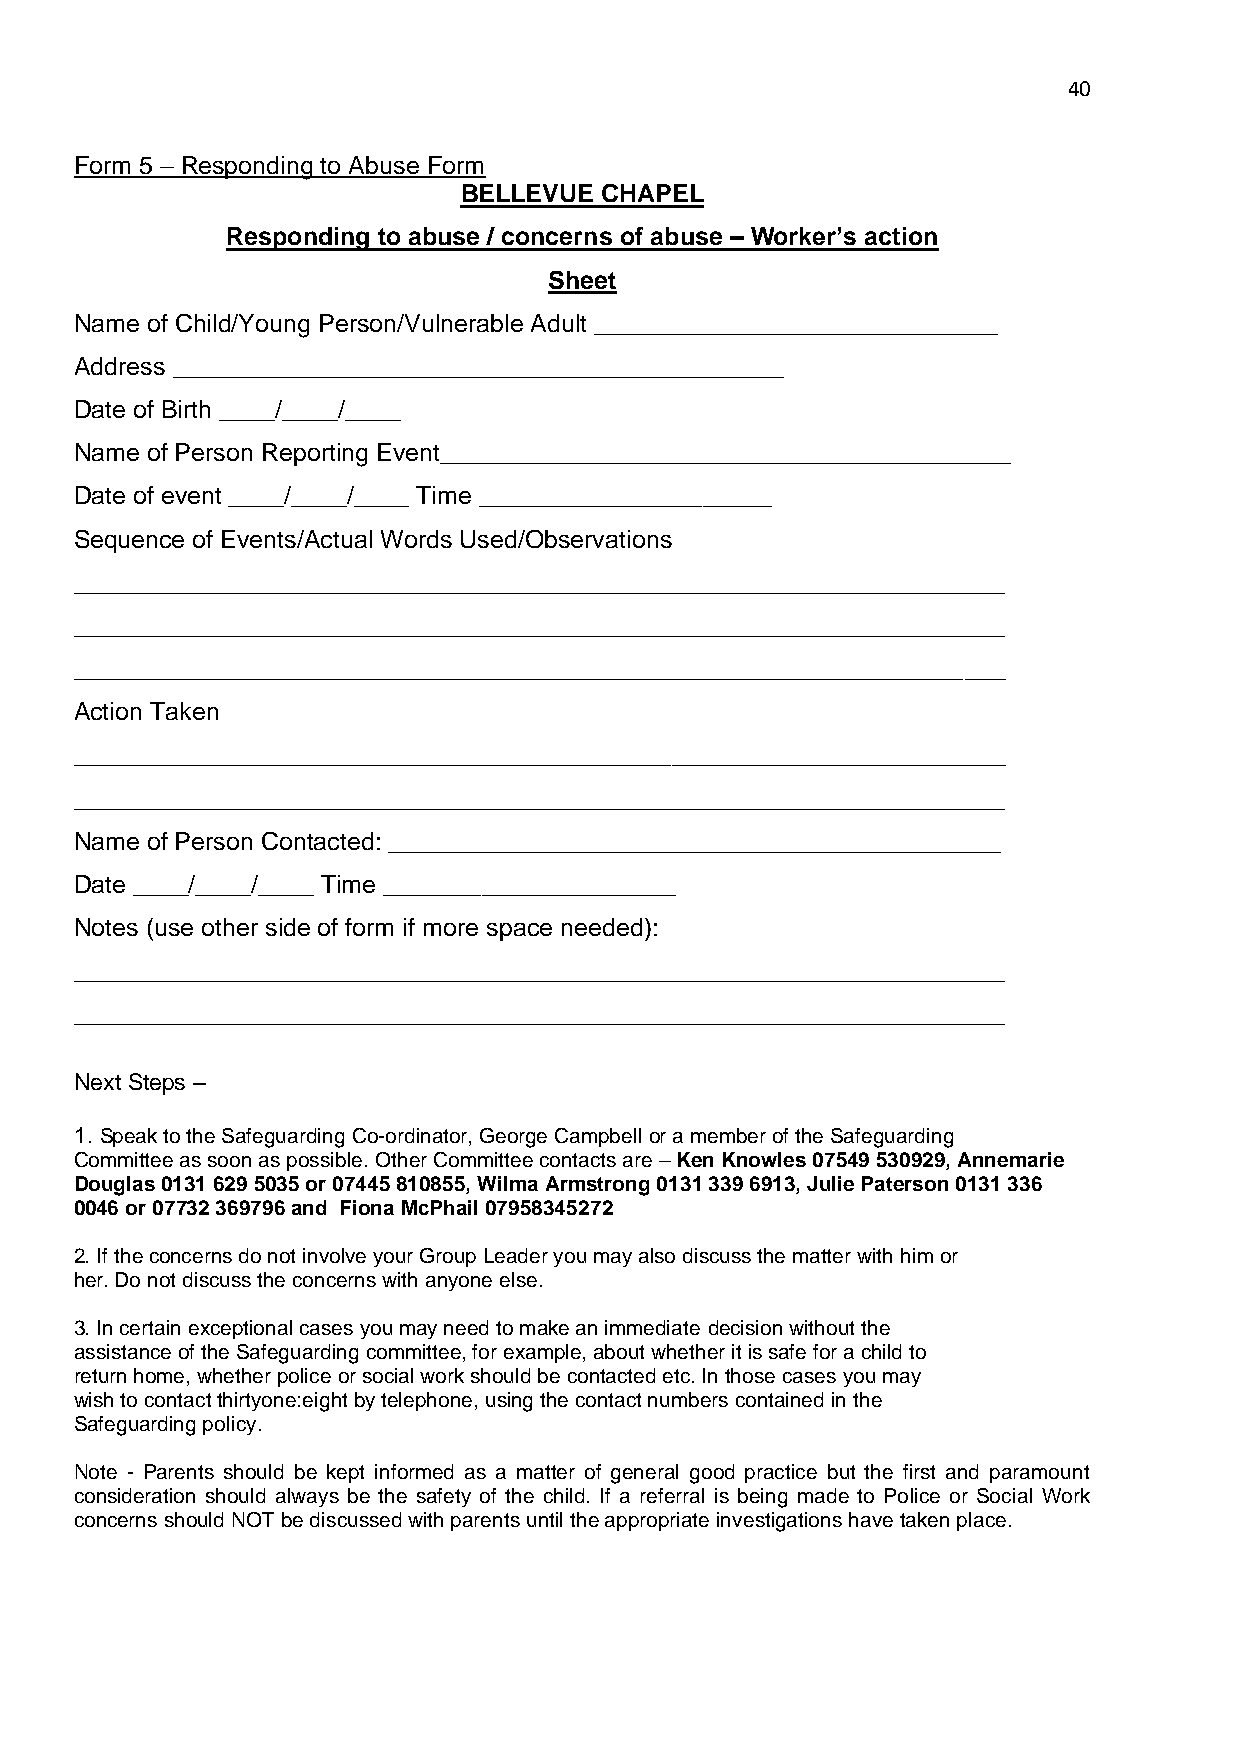
40
 Form 5 – Responding to Abuse Form
 BELLEVUE  CHAPEL
 Responding to abuse / concerns of abuse – Worker’s action
 Sheet
 Name of Child/Young Person/Vulnerable Adult _____________________________
 Address ____________________________________________
 Date of Birth ____/____/____
 Name of Person Reporting Event_________________________________________
 Date of event ____/____/____ Time _____________________
 Sequence of Events/Actual Words Used/Observations
 ___________________________________________________________________
 ___________________________________________________________________
 ___________________________________________________________________
 Action Taken
 ___________________________________________________________________
 ___________________________________________________________________
 Name of Person Contacted: ____________________________________________
 Date ____/____/____ Time _____________________
 Notes (use other side of form if more space needed):
 ___________________________________________________________________
 ___________________________________________________________________
 Next Steps –
 1. Speak to the Safeguarding Co-ordinator, George Campbell or a member of the Safeguarding
 Committee as soon as possible. Other Committee contacts are – Ken Knowles 07549 530929, Annemarie
 Douglas 0131 629 5035 or 07445 810855, Wilma Armstrong 0131 339 6913, Julie Paterson 0131 336
 0046 or 07732 369796 and Fiona McPhail 07958345272
 2. If the concerns do not involve your Group Leader you may also discuss the matter with him or
 her. Do not discuss the concerns with anyone else.
 3. In certain exceptional cases you may need to make an immediate decision without the
 assistance of the Safeguarding committee, for example, about whether it is safe for a child to
 return home, whether police or social work should be contacted etc. In those cases you may
 wish to contact thirtyone:eight by telephone, using the contact numbers contained in the
 Safeguarding policy.
 Note - Parents should be kept informed as a matter of general good practice but the first and paramount
 consideration should always be the safety of the child. If a referral is being made to Police or Social Work
 concerns should NOT be discussed with parents until the appropriate investigations have taken place.